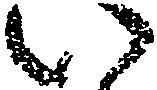
い